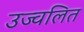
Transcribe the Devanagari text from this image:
उज्वलित